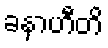
ခနာဟီတိ